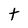
Character: t